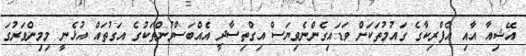
އޭޝިއާ އާއި އެފްރިކާގެ ގައުމުތަކަށް ވަޑައިގެންނެވިޔަސް އިގްތިސާދީ އެއްބަސްވުންތަކުގެ އަގުތައް އުޅެނީ މިމިންވަރުގަ